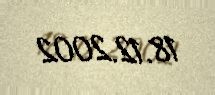
18.12.2002